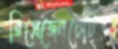
রিপ্রেজেনটেটিভ